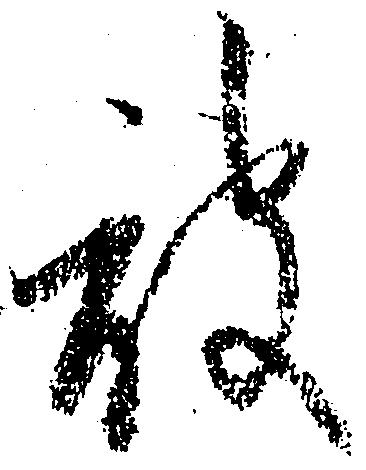
被